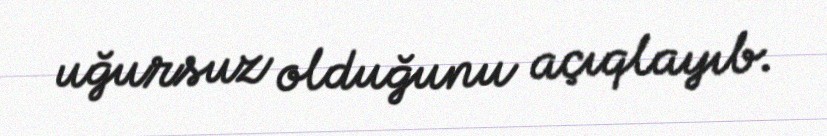
uğursuz olduğunu açıqlayıb.